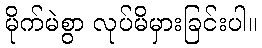
မိုက်မဲစွာ လုပ်မိမှားခြင်းပါ။